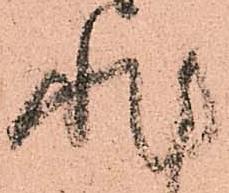
非